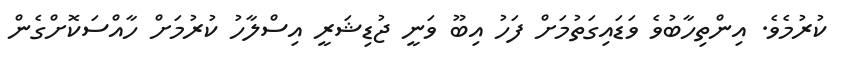
ކުރުމެވެ. އިންތިހާބުވެ ވަޑައިގަތުމަށް ފަހު އިބޫ ވަނީ ޖުޑިޝަރީ އިސްލާހު ކުރުމަށް ހާއްސަކޮށްގެން